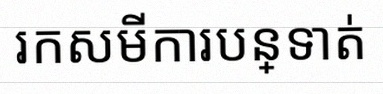
រកសមីការបន្ទាត់